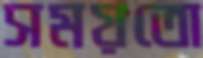
সময়তো